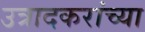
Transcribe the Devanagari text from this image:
उत्रादकरांच्या